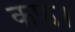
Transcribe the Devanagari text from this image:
कफ़।